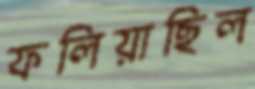
ফলিয়াছিল